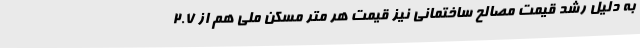
به دلیل رشد قیمت مصالح ساختمانی نیز قیمت هر متر مسکن ملی هم از ۲.۷